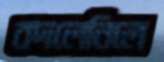
বদলেনিলে